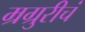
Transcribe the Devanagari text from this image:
म्रग्रुरीचं